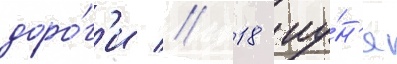
доро́г'и // 18 иу́н'я